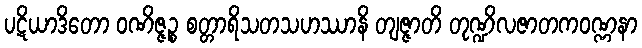
ပဋိယာဒိတော ဝဏိဇ္ဇဉ္စ စတ္တာရိသတသဟဿာနိ တျဇ္ဇာတိ တုဏ္ဍိလဇာတကဝဏ္ဏနာ